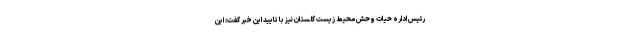
رئیس اداره حیات وحش محیط زیست گلستان نیز با تایید این خبر گفت: این